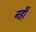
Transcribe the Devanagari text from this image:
नहीं